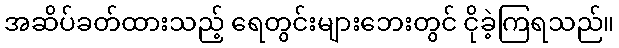
အဆိပ်ခတ်ထားသည့် ရေတွင်းများဘေးတွင် ငိုခဲ့ကြရသည်။